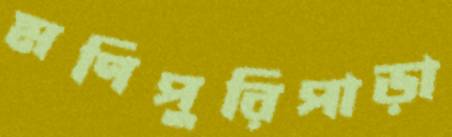
মণিপুরিপাড়া